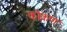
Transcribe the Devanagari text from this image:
को़कण